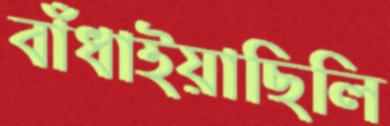
বাঁধাইয়াছিলি